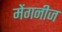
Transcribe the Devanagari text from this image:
मेंगनीज